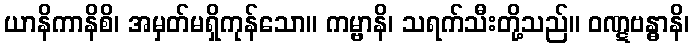
ယာနိကာနိစိ၊ အမှတ်မရှိကုန်သော။ ကမ္ဗာနိ၊ သရက်သီးတို့သည်။ ဝဏ္ဋဗန္ဓာနိ၊